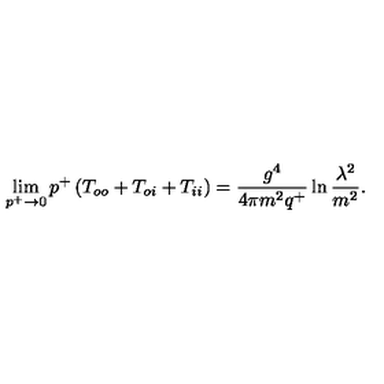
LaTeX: \lim _ { p ^ { + } \rightarrow 0 } p ^ { + } \left( T _ { o o } + T _ { o i } + T _ { i i } \right) = \frac { g ^ { 4 } } { 4 \pi m ^ { 2 } q ^ { + } } \ln \frac { \lambda ^ { 2 } } { m ^ { 2 } } .